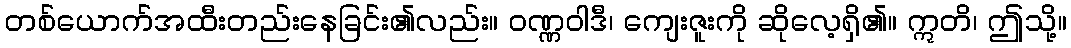
တစ်ယောက်အထီးတည်းနေခြင်း၏လည်း။ ဝဏ္ဏဝါဒီ၊ ကျေးဇူးကို ဆိုလေ့ရှိ၏။ ဣတိ၊ ဤသို့။